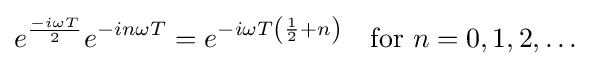
e^{\frac {-i\omega T}{2}}e^{-in\omega T}=e^{-i\omega T\left({\frac {1}{2}}+n\right)}\quad {\text{for }}n=0,1,2,\ldots